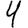
Digit: 4